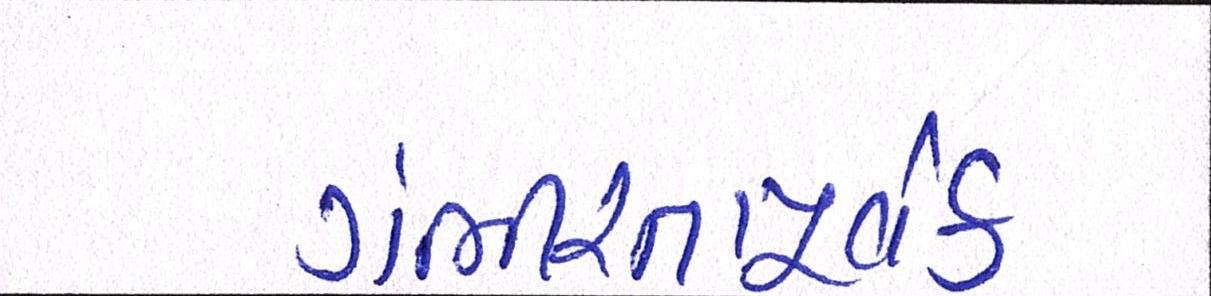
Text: ગંભીરતાપૂર્વક